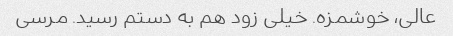
عالی، خوشمزه. خیلی زود هم به دستم رسید. مرسی